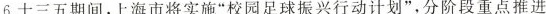
6.十三五期间，上海市将实施”校园足球振兴行动计划”，分阶段重点推进